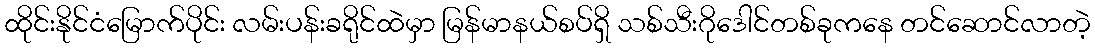
ထိုင်းနိုင်ငံမြောက်ပိုင်း လမ်းပန်းခရိုင်ထဲမှာ မြန်မာနယ်စပ်ရှိ သစ်သီးဂိုဒေါင်တစ်ခုကနေ တင်ဆောင်လာတဲ့